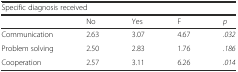
<table><thead><tr><td colspan="5"><b>Specific diagnosis received</b></td></tr><tr><td></td><td><b>No</b></td><td><b>Yes</b></td><td><b>F</b></td><td><b><i>p</i></b></td></tr></thead><tbody><tr><td>Communication</td><td>2.63</td><td>3.07</td><td>4.67</td><td><i>.032</i></td></tr><tr><td>Problem solving</td><td>2.50</td><td>2.83</td><td>1.76</td><td><i>.186</i></td></tr><tr><td>Cooperation</td><td>2.57</td><td>3.11</td><td>6.26</td><td><i>.014</i></td></tr></tbody></table>